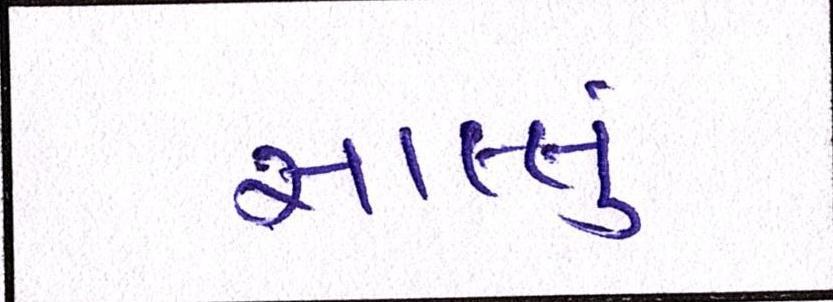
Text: સાલ્લું